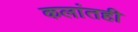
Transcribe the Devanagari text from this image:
कलांतही